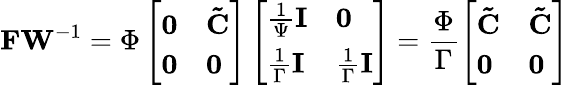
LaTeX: \mathbf{FW}^{-1}=\Phi\left[\begin{array}{ll}{\mathbf{0}}&{\mathbf{\tilde{C}}}\\ {\mathbf{0}}&{\mathbf{0}}\end{array}\right]\left[\begin{array}{ll}{\frac{1}{\Psi}\mathbf{I}}&{\mathbf{0}}\\ {\frac{1}{\Gamma}\mathbf{I}}&{\frac{1}{\Gamma}\mathbf{I}}\end{array}\right]=\frac{\Phi}{\Gamma}\left[\begin{array}{ll}{\mathbf{\tilde{C}}}&{\mathbf{\tilde{C}}}\\ {\mathbf{0}}&{\mathbf{0}}\end{array}\right]